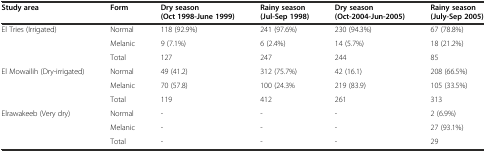
| Study area | Form | Dry season (Oct 1998-June 1999) | Rainy season (Jul-Sep 1998) | Dry season (Oct-2004-Jun-2005) | Rainy season (July-Sep 2005) |
 | --- | --- | --- | --- | --- | --- |
 | <ROWSPAN=3> El Tries (Irrigated) | Normal | 118 (92.9%) | 241 (97.6%) | 230 (94.3%) | 67 (78.8%) |
 | Melanic | 9 (7.1%) | 6 (2.4%) | 14 (5.7%) | 18 (21.2%) |
 | Total | 127 | 247 | 244 | 85 |
 | <ROWSPAN=3> El Mowailih (Dry-irrigated) | Normal | 49 (41.2) | 312 (75.7%) | 42 (16.1) | 208 (66.5%) |
 | Melanic | 70 (57.8) | 100 (24.3% | 219 (83.9) | 105 (33.5%) |
 | Total | 119 | 412 | 261 | 313 |
 | <ROWSPAN=2> Elrawakeeb (Very dry) | Normal | - | - | - | 2 (6.9%) |
 | Melanic | - | - | - | 27 (93.1%) |
 |  | Total | - | - | - | 29 |